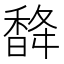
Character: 𮩨